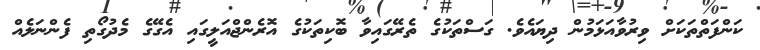
ކަންފަތްތަކަށް ވިރުވާއަޅަމުން ދިޔައެވެ. ގަސްތަކުގެ ތެރޭގައިވާ ބޮކިތަކުގެ އޮރެންޖްއަލީގައި އެގޭގެ މެދުގޯތި ފެންނަލެއް